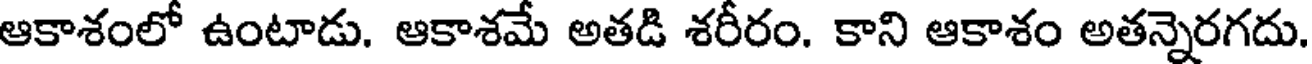
ఆకాశంలో ఉంటాడు. ఆకాశమే అతడి శరీరం. కాని ఆకాశం అతన్నెరగదు